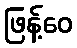
ဖြန့်ဝေ